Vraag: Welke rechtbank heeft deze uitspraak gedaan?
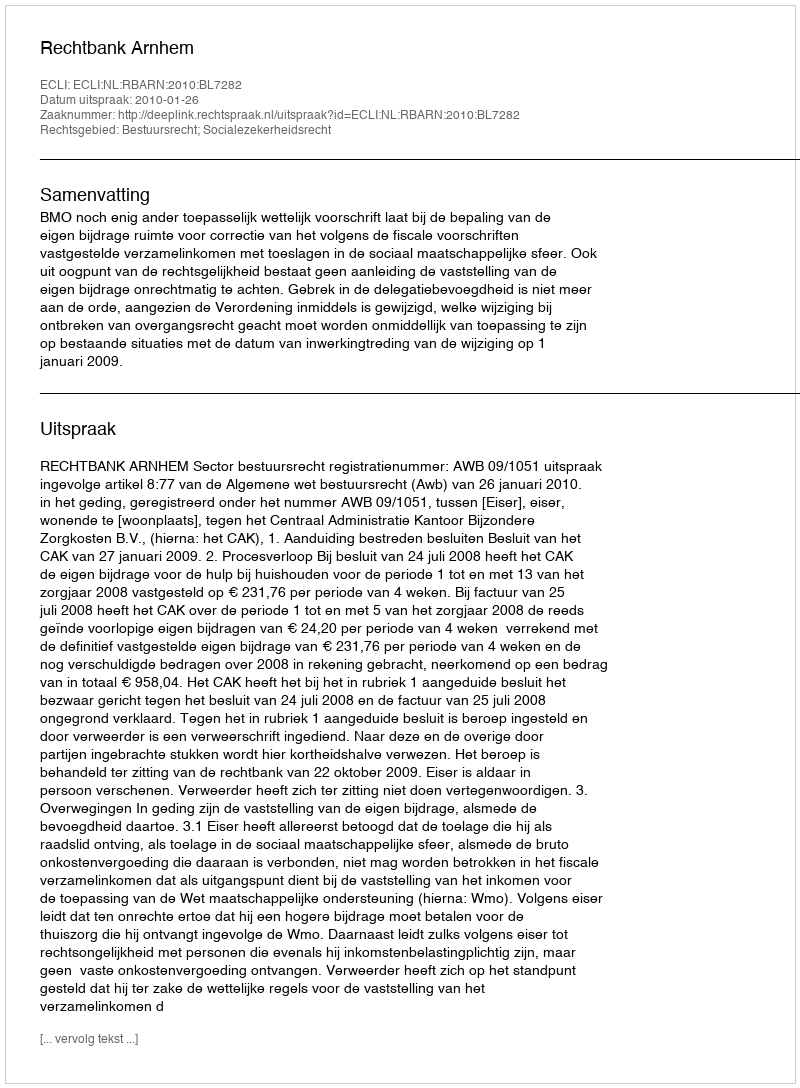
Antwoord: Rechtbank Arnhem